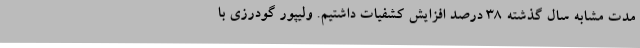
مدت مشابه سال گذشته ۳۸ درصد افزایش کشفیات داشتیم. ولیپور گودرزی با